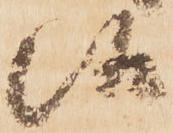
候